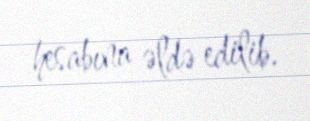
hesabına əldə edilib.